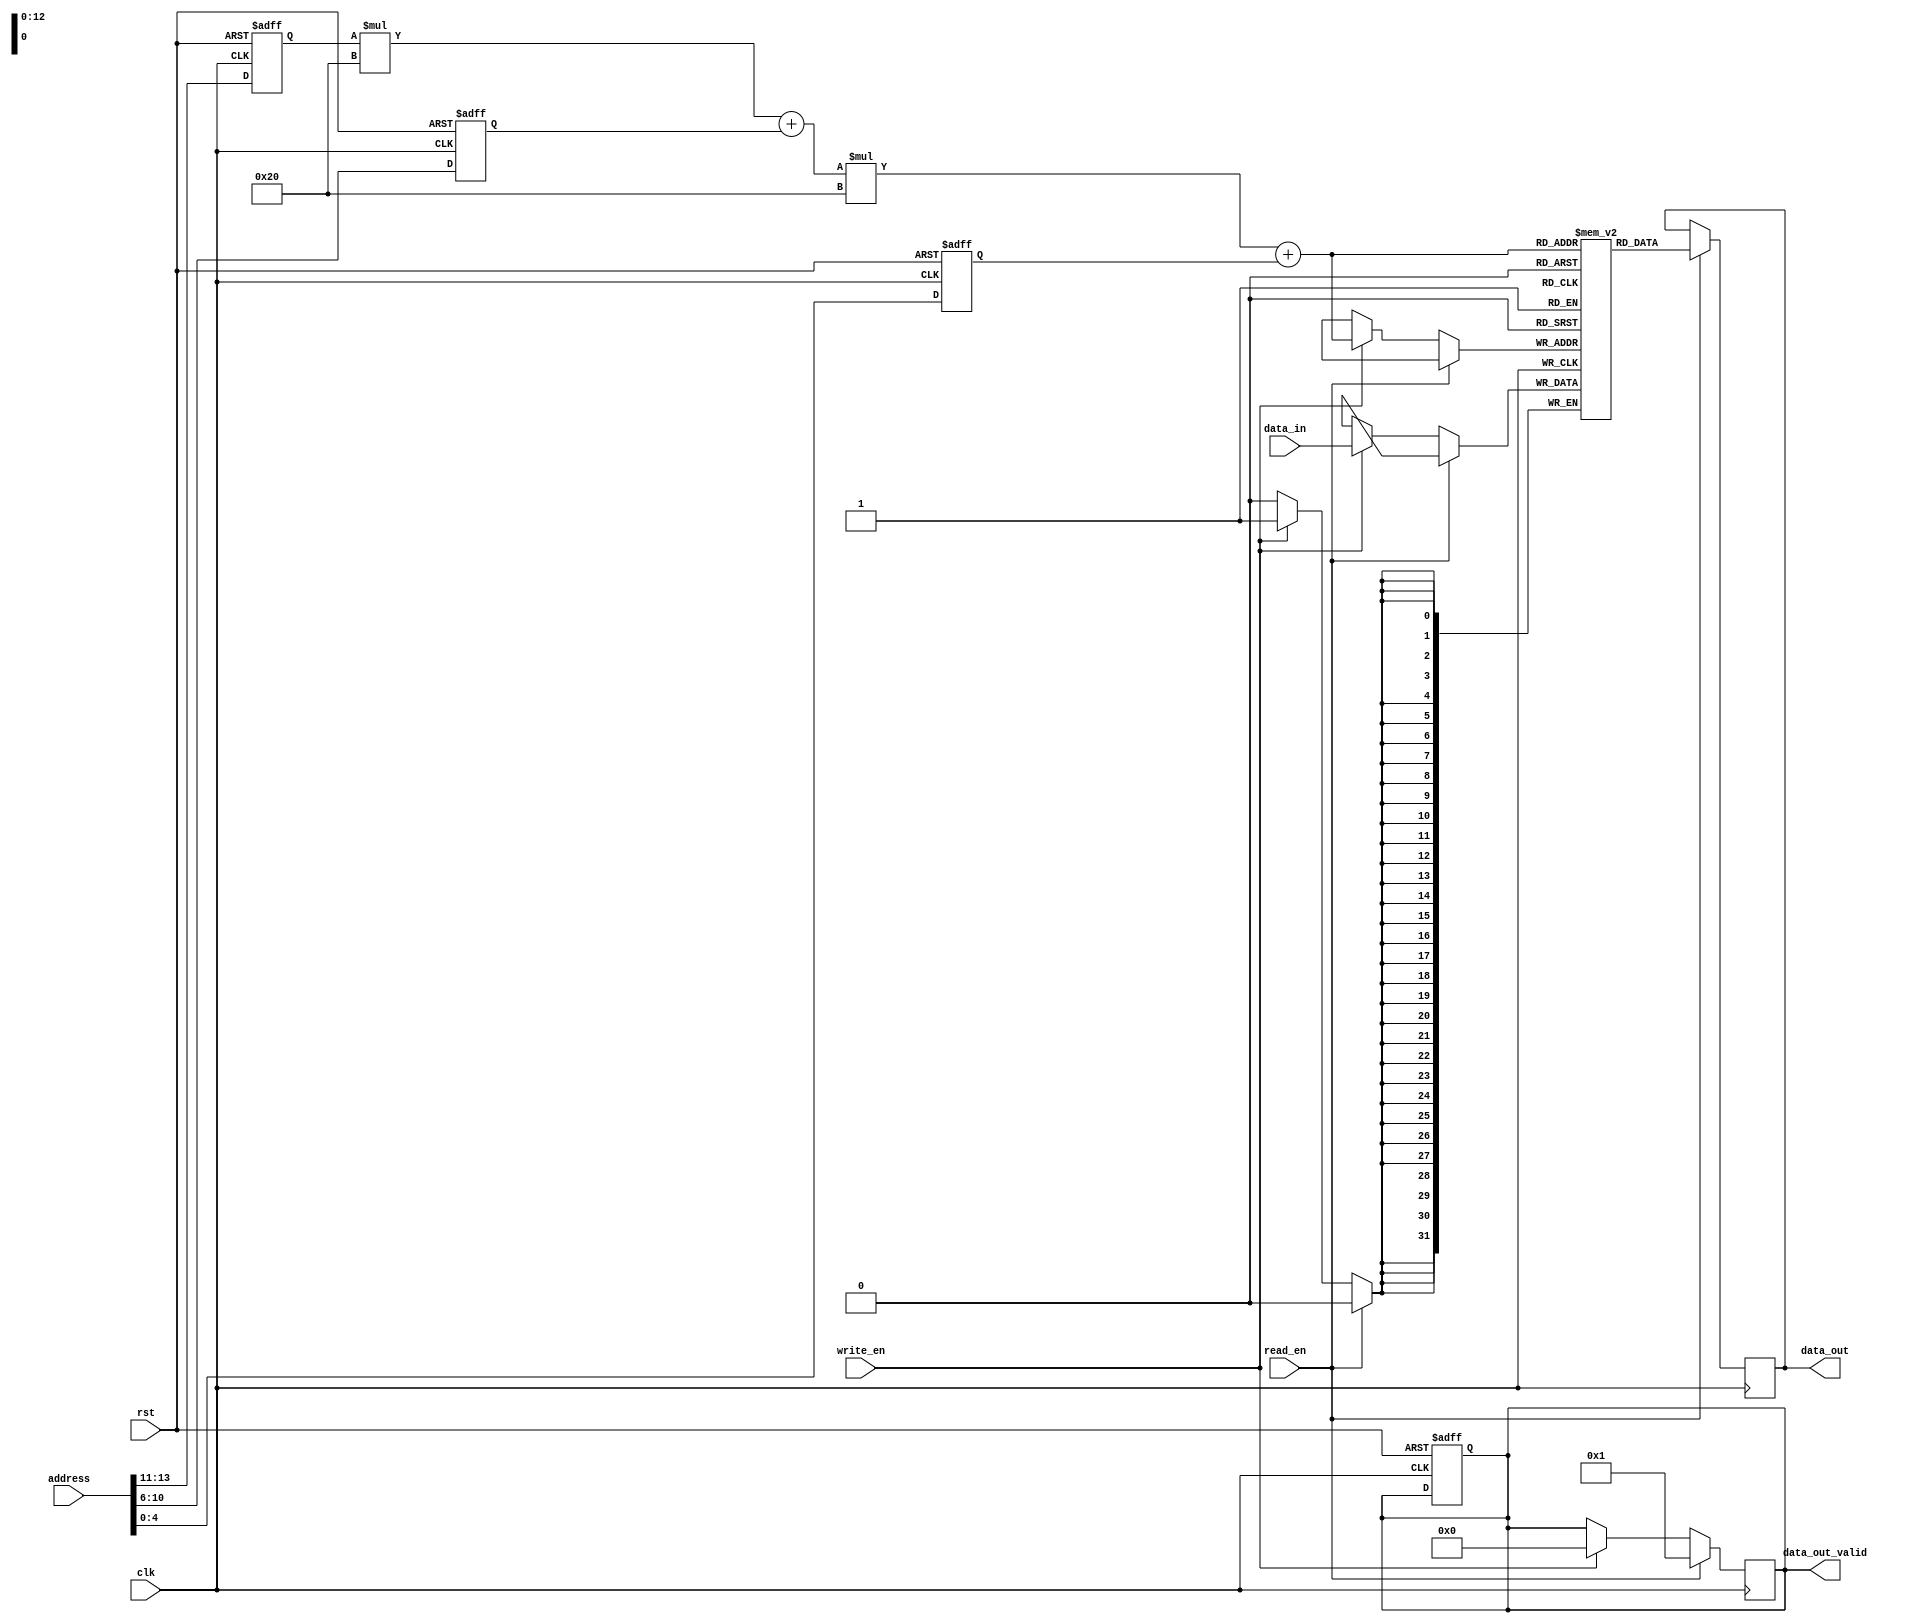
module MemoryBlocks_HBM(
    input       wire             clk,
    input       wire             rst,
    input       wire      [31:0] address,
    input       wire      [31:0] data_in,
    input       wire             read_en,
    input       wire             write_en,
    output reg  [31:0] data_out,
    output reg  [31:0] data_out_valid
);

// Define memory block parameters
parameter NUM_BLOCKS = 8;
parameter BLOCK_SIZE = 1024;
parameter ROWS_PER_BLOCK = 32;
parameter COLS_PER_BLOCK = 32;
parameter ECC_BITS = 8;

// Define memory blocks
reg [31:0] memory [NUM_BLOCKS-1:0][ROWS_PER_BLOCK-1:0][COLS_PER_BLOCK-1:0];

// Add ECC functionality
reg [31:0] ecc [NUM_BLOCKS-1:0][ROWS_PER_BLOCK-1:0][COLS_PER_BLOCK-1:0][ECC_BITS-1:0];

// Address decoding logic
reg [2:0] block_select;
reg [4:0] row_select;
reg [4:0] col_select;

always @ (posedge clk or posedge rst)
begin
    if(rst)
    begin
        block_select <= 0;
        row_select <= 0;
        col_select <= 0;
        data_out_valid <= 0;
    end
    else
    begin
        block_select <= address[13:11];
        row_select <= address[10:6];
        col_select <= address[5:0];
    end
end

// Read and write operations
always @ (posedge clk)
begin
    if(read_en)
    begin
        data_out <= memory[block_select][row_select][col_select];
        data_out_valid <= 1;
    end
    else if(write_en)
    begin
        memory[block_select][row_select][col_select] <= data_in;
        data_out_valid <= 0;
    end
end

endmodule